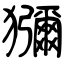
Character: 獼